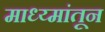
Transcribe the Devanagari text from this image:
माध्य्मांतून